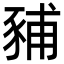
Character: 豧